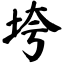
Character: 垮